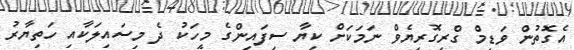
އެގޮތުން ވަޑިމް ގްރިގޮރިޔެވް ނަމަކަށް ކިޔާ ސިފައިންގެ މީހަކު ދެ މިސައިލަކާއި ހަތިޔާރު